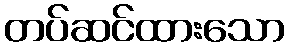
တပ်ဆင်ထားသော